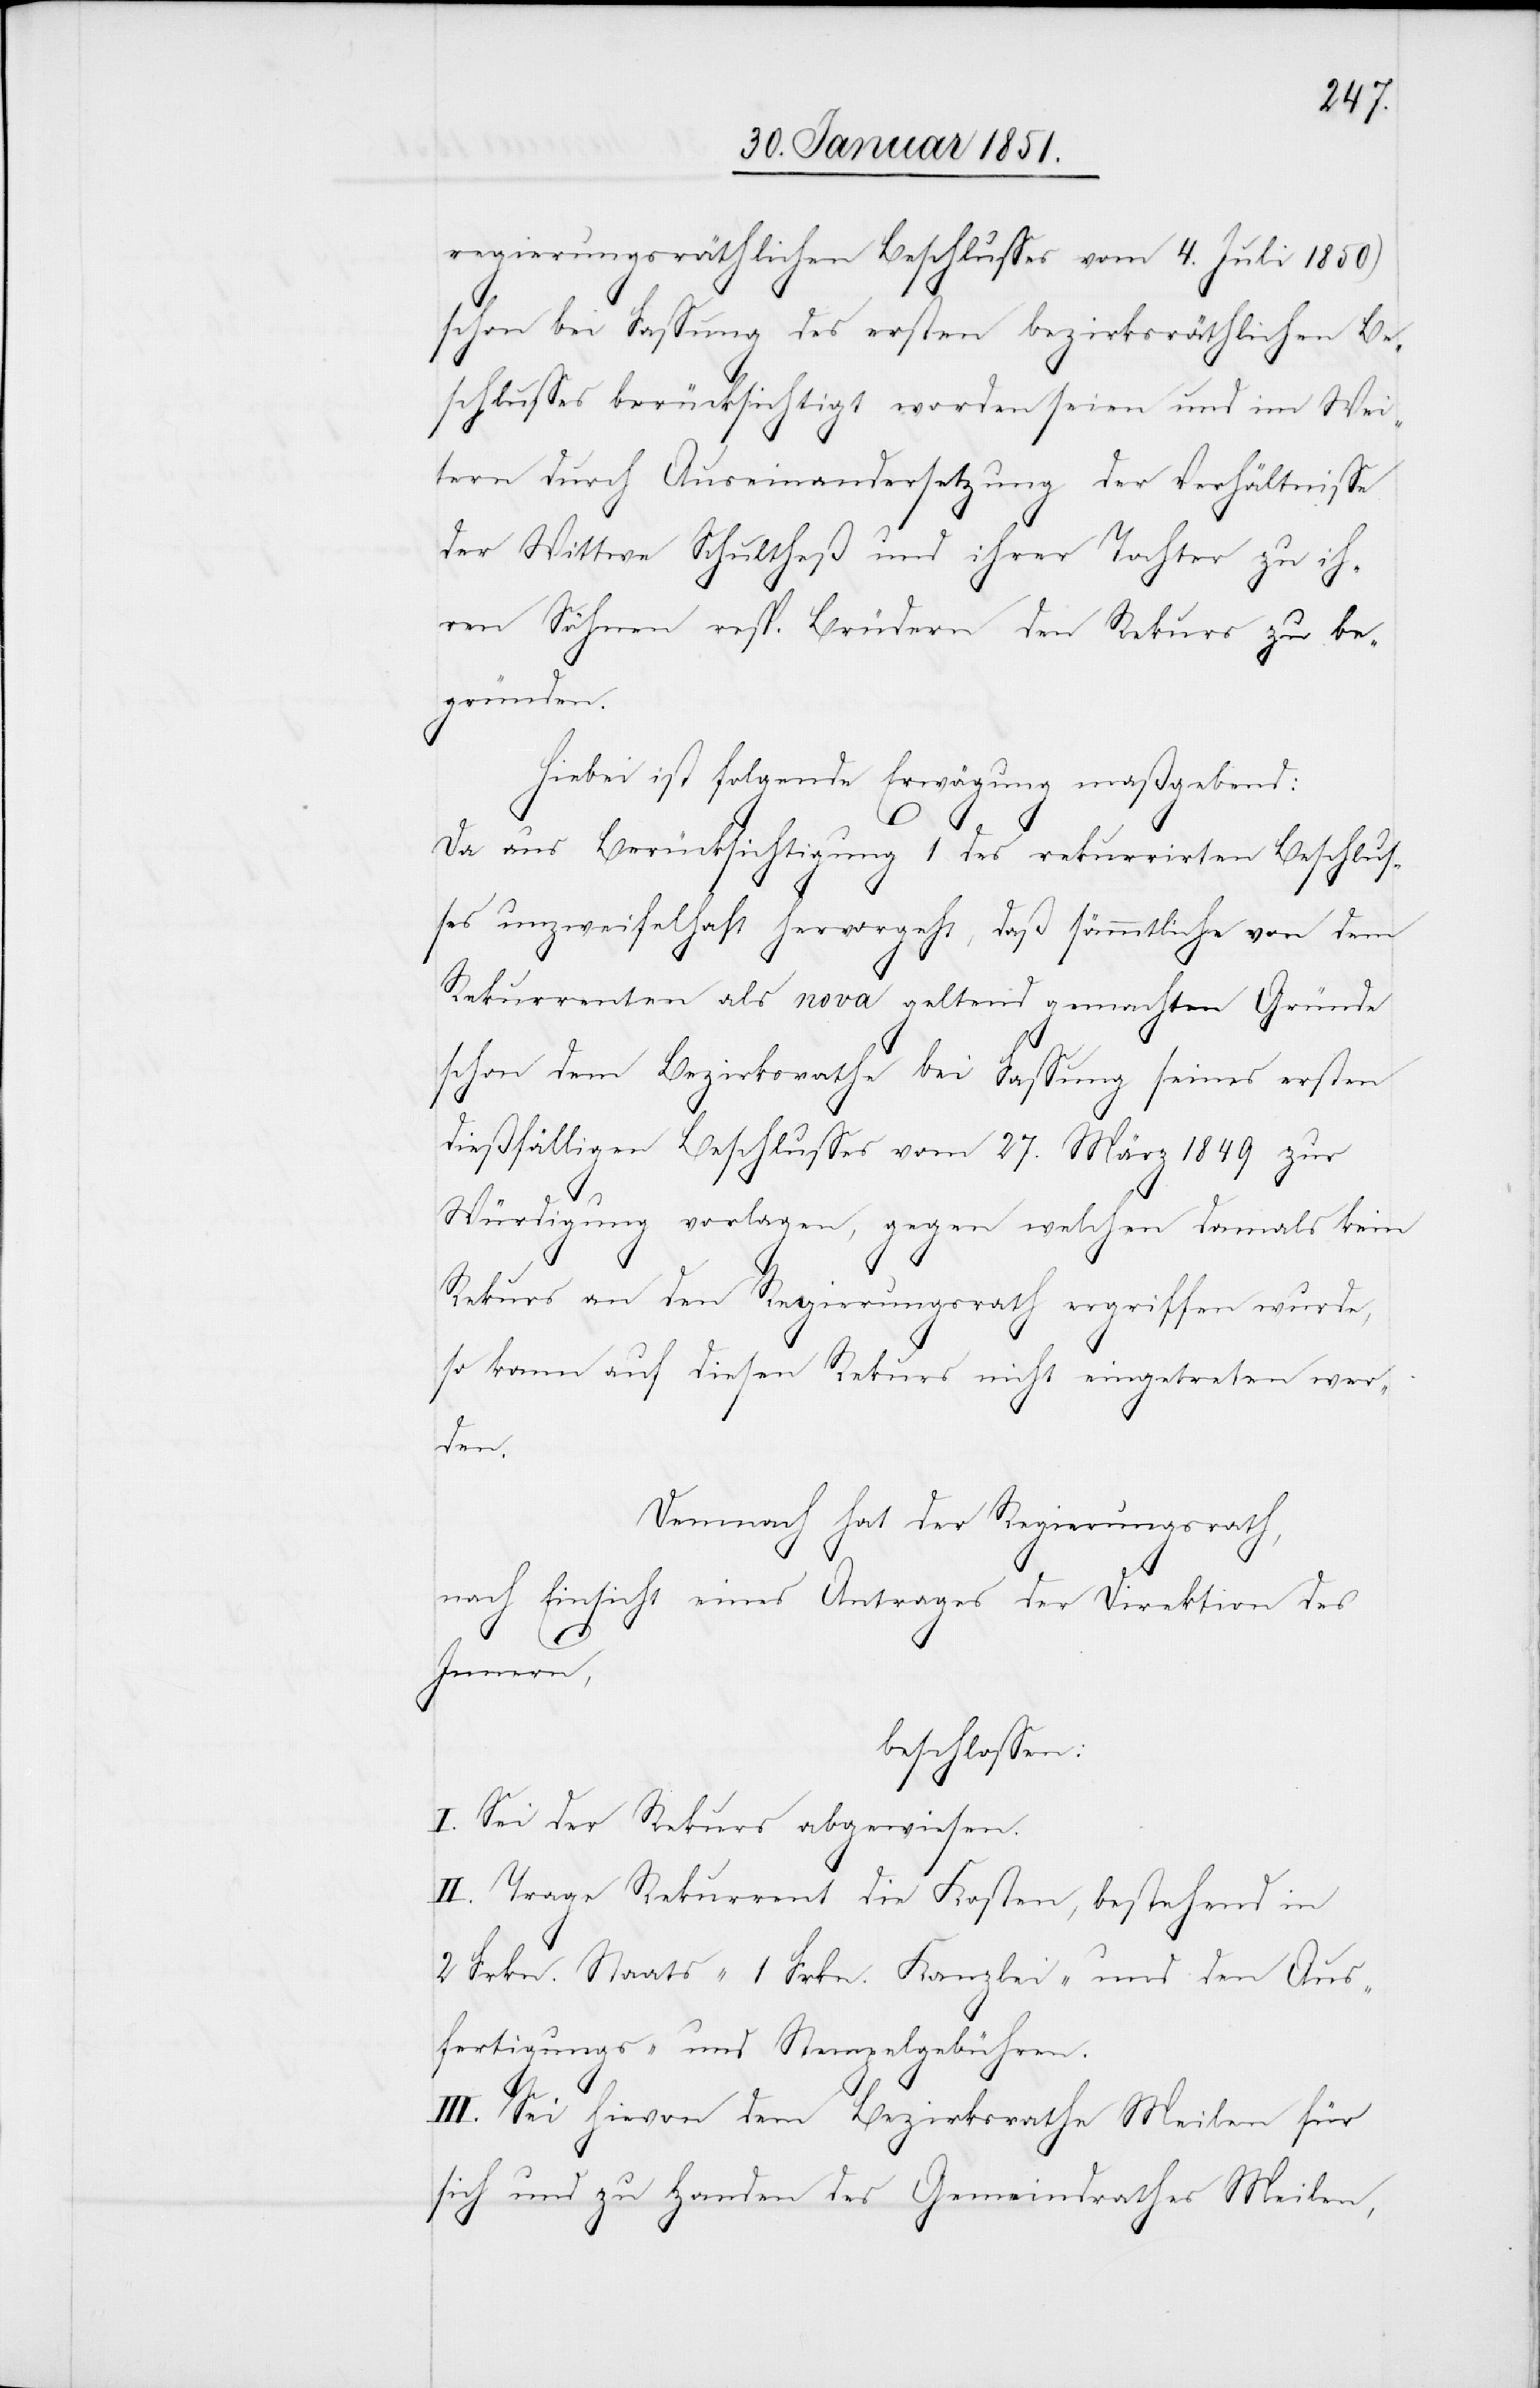
regierungsräthlichen Beschlusses vom 4. Juli 1850)
schon bei Fassung des ersten bezirksräthlichen Be¬
schlusses berücksichtigt worden seien und im Wei¬
tern durch Auseinandersetzung der Verhältnisse
der Wittwe Schultheß und ihrer Tochter zu ih¬
ren Söhnen resp. Brüdern den Rekurs zu be¬
gründen.
Hiebei ist folgende Erwägung maßgebend:
Da aus Berücksichtigung 1 des rekurrirten Beschlus¬
ses unzweifelhaft hervorgeht, daß sämmtliche von dem
Rekurrenten als nova geltend gemachten Gründe
schon dem Bezirksrathe bei Fassung seines ersten
dießfälligen Beschlusses vom 27. März 1849 zur
Würdigung vorlagen, gegen welchen damals kein
Rekurs an den Regierungsrath ergriffen wurde,
so kann auf diesen Rekurs nicht eingetreten wer¬
den.
Demnach hat der Regierungsrath,
nach Einsicht eines Antrages der Direktion des
Innern,
beschlossen:
I. Sei der Rekurs abgewiesen.
II. Trage Rekurrent die Kosten, bestehend in
2 Frkn. Staats-[,] 1 Frkn. Kanzlei- und den Aus¬
fertigungs- und Stempelgebühren.
III. Sei hievon dem Bezirksrathe Meilen für
sich und zu Handen des Gemeindrathes Meilen,